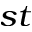
^ { s t }